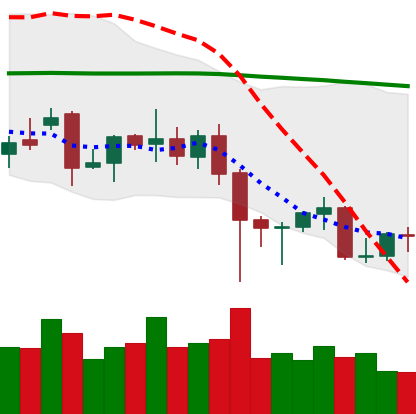
Ticker: XMR-USD
Chart end date: 2021-12-12
Forward return: -8.152%
Label: down_7plus